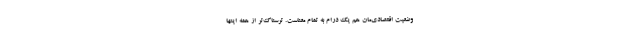
وضعیت اقتصادی‌مان هم یک درام به تمام معناست. ترسناک‌تر از همه اینها